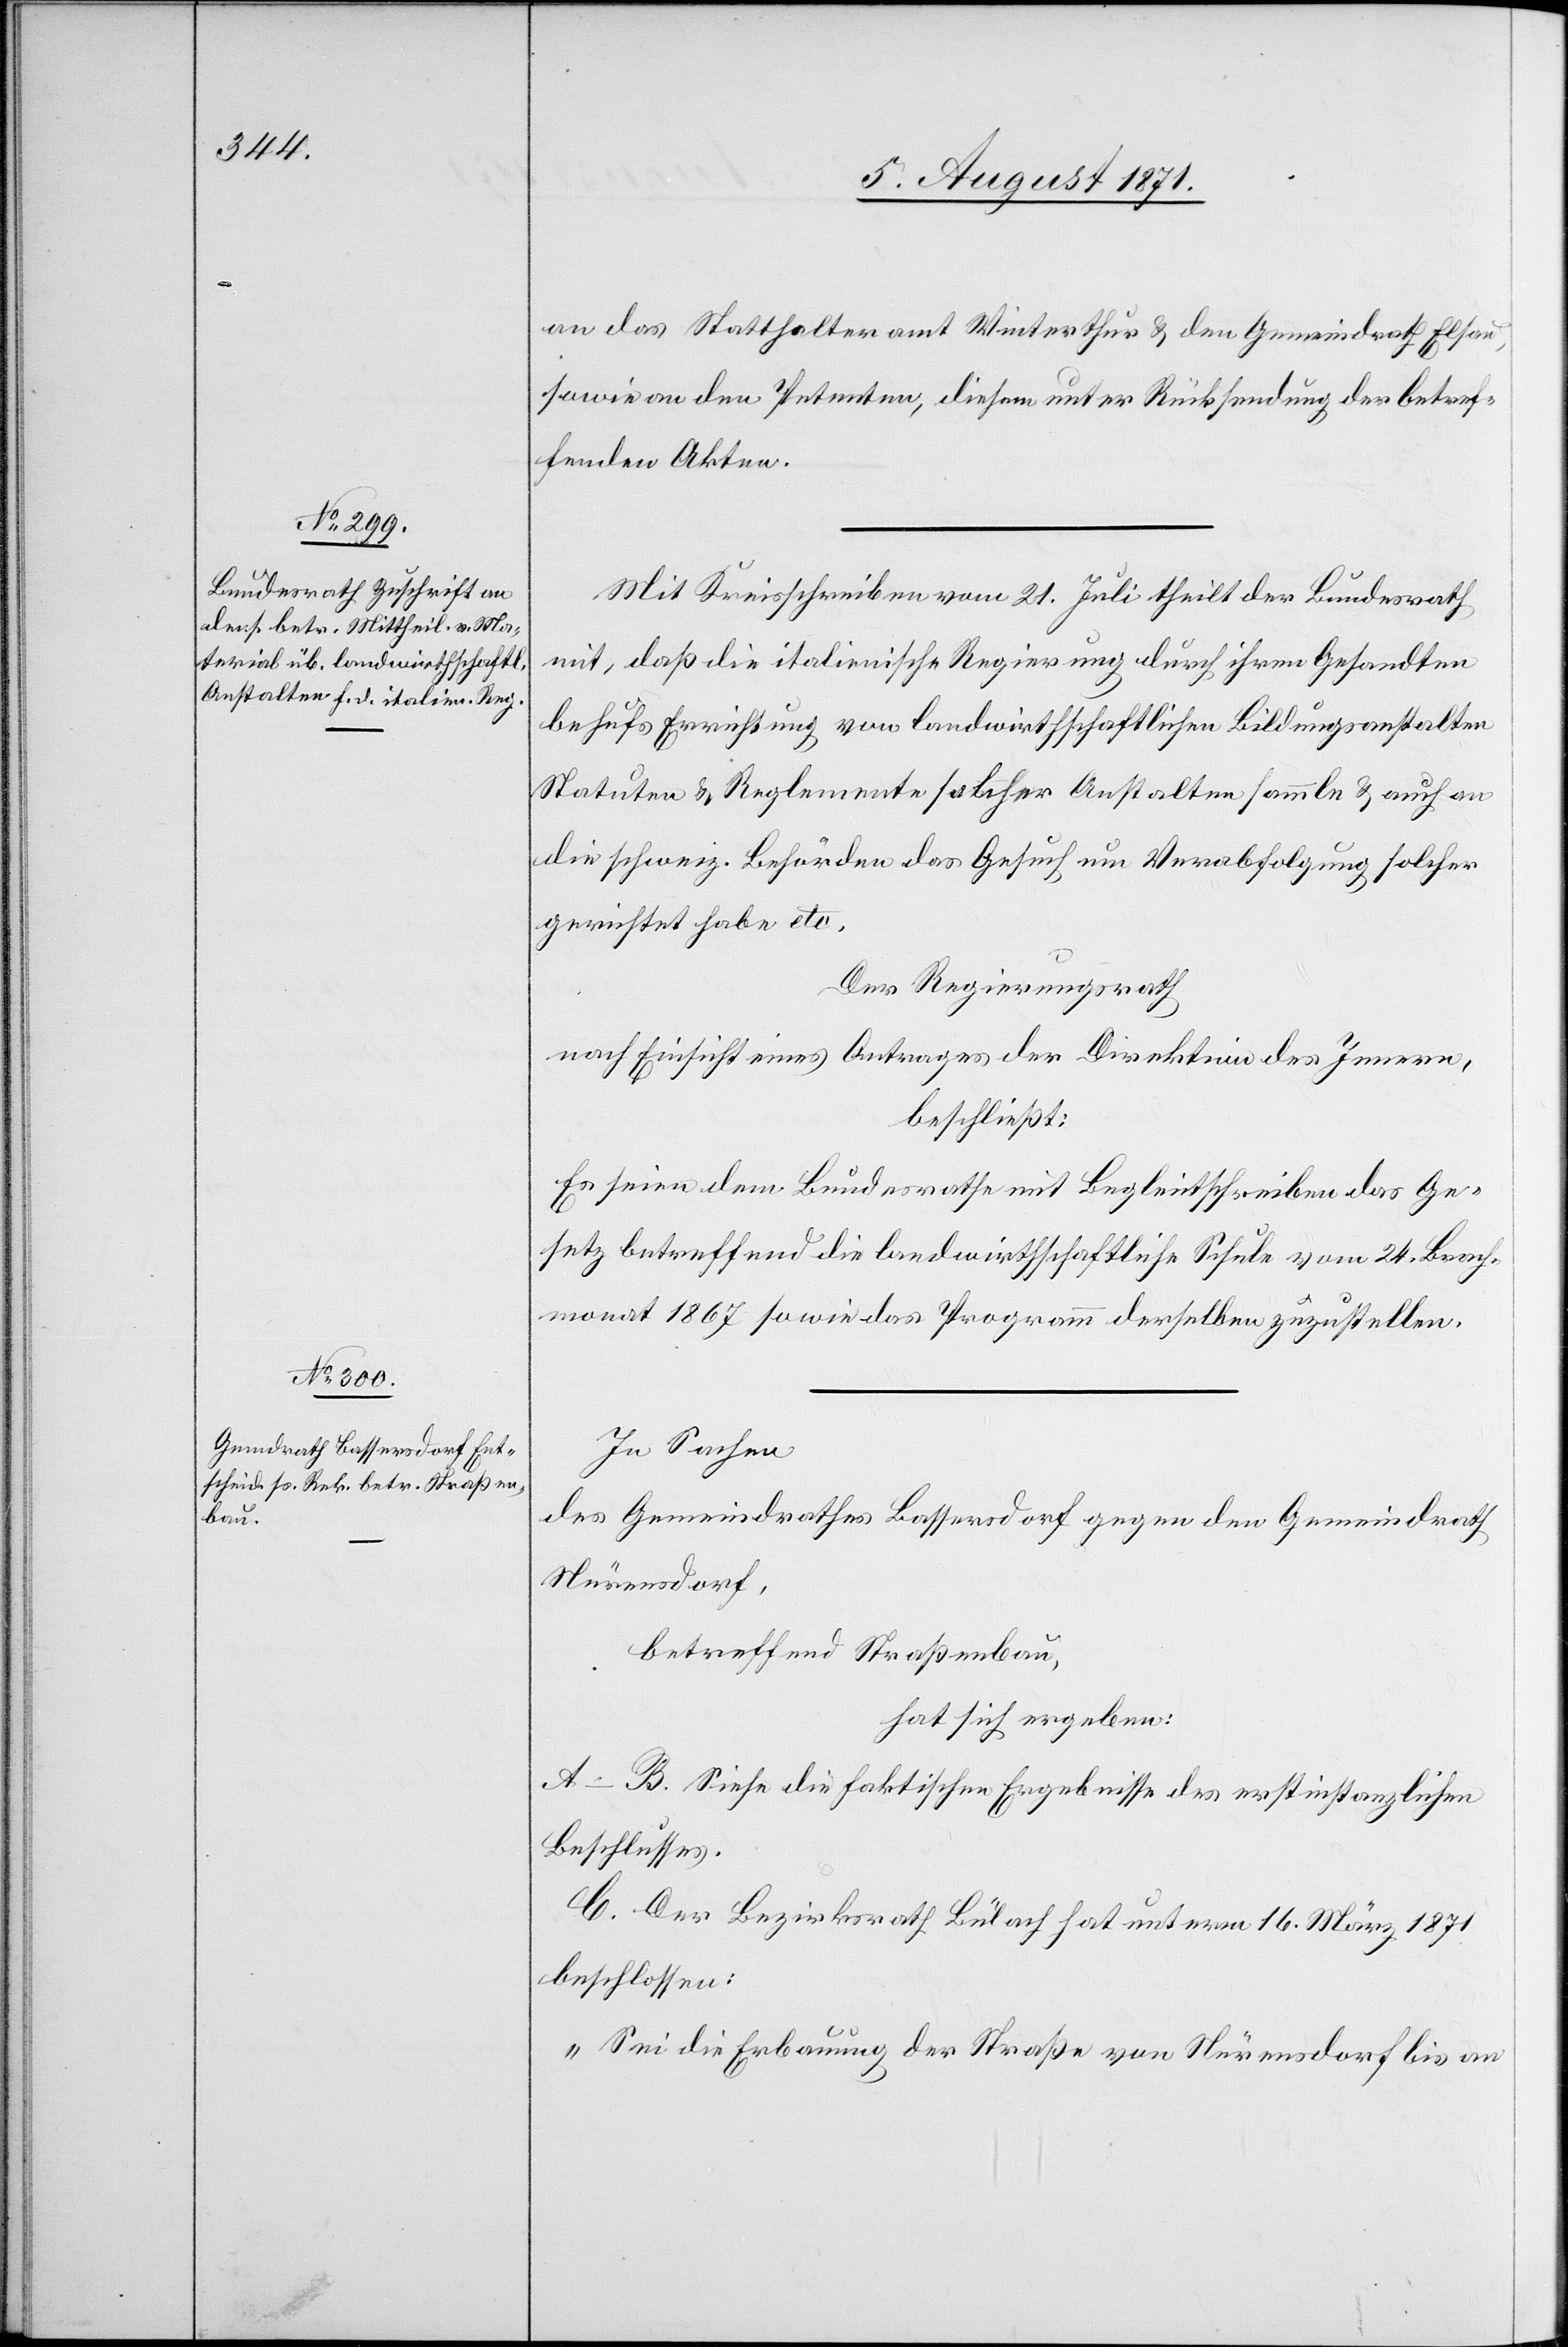
an das Statthalteramt Winterthur u. den Gemeindrath Elsau,
sowie an den Petenten, diesem unter Rücksendung der betref¬
fenden Akten.
Mit Kreisschreiben vom 21. Juli theilt der Bundesrath
mit, daß die italienische Regierung durch ihren Gesandten
behufs Errichtung von landwirthschaftlichen Bildungsanstalten
Statuten u. Reglemente solcher Anstalten sammle u. auch an
die schweiz. Behörden das Gesuch um Verabfolgung solcher
gerichtet habe etc.
Der Regierungsrath
nach Einsicht eines Antrages der Direktion des Innern,
beschließt:
Es seien dem Bundesrathe mit Begleitschreiben das Ge¬
setz betreffend die landwirthschaftliche Schule vom 24. Brach¬
monat 1867 sowie das Programm derselben zuzustellen.
In Sachen
des Gemeindrathes Bassersdorf gegen den Gemeindrath
Nürensdorf,
betreffend Straßenbau,
hat sich ergeben:
A.–B. Siehe die faktischen Ergebnisse des erstinstanzlichen
Beschlusses.
C. Der Bezirksrath Bülach hat unterm 16. März 1871
beschlossen:
„Sei die Erbauung der Straße von Nürensdorf bis an